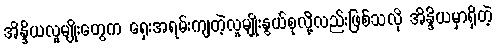
အိန္ဒိယလူမျိုးတွေက ရှေးအရမ်းကျတဲ့လူမျိုးနွယ်စုလို့လည်းဖြစ်သလို အိန္ဒိယမှာရှိတဲ့